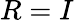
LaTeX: R=I